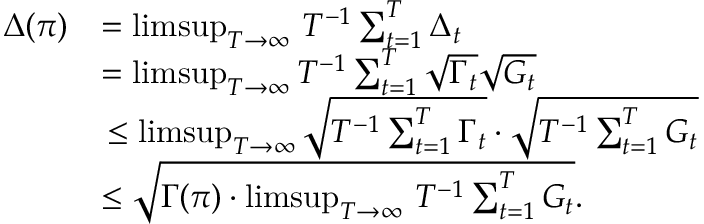
\begin{array} { r l } { \Delta ( \pi ) } & { = \operatorname* { l i m s u p } _ { T \to \infty } \, T ^ { - 1 } \sum _ { t = 1 } ^ { T } \Delta _ { t } } \\ & { = \operatorname* { l i m s u p } _ { T \to \infty } T ^ { - 1 } \sum _ { t = 1 } ^ { T } \sqrt { \Gamma _ { t } } \sqrt { G _ { t } } } \\ & { \, \leq \operatorname* { l i m s u p } _ { T \to \infty } \sqrt { T ^ { - 1 } \sum _ { t = 1 } ^ { T } \Gamma _ { t } } \cdot \sqrt { T ^ { - 1 } \sum _ { t = 1 } ^ { T } G _ { t } } } \\ { \, } & { \leq \sqrt { \Gamma ( \pi ) \cdot \operatorname* { l i m s u p } _ { T \rightarrow \infty } \, T ^ { - 1 } \sum _ { t = 1 } ^ { T } G _ { t } } . } \end{array}